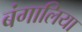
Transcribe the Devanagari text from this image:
बंगालिया